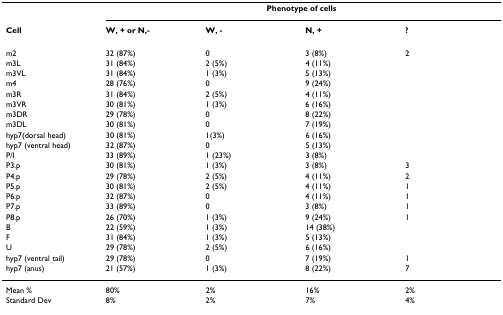
<table><thead><tr><td></td><td colspan="4"><b>Phenotype of cells</b></td></tr><tr><td><b>Cell</b></td><td><b>W, + or N,-</b></td><td><b>W, -</b></td><td><b>N, +</b></td><td><b>?</b></td></tr></thead><tbody><tr><td>m2</td><td>32 (87%)</td><td>0</td><td>3 (8%)</td><td>2</td></tr><tr><td>m3L</td><td>31 (84%)</td><td>2 (5%)</td><td>4 (11%)</td><td></td></tr><tr><td>m3VL</td><td>31 (84%)</td><td>1 (3%)</td><td>5 (13%)</td><td></td></tr><tr><td>m4</td><td>28 (76%)</td><td>0</td><td>9 (24%)</td><td></td></tr><tr><td>m3R</td><td>31 (84%)</td><td>2 (5%)</td><td>4 (11%)</td><td></td></tr><tr><td>m3VR</td><td>30 (81%)</td><td>1 (3%)</td><td>6 (16%)</td><td></td></tr><tr><td>m3DR</td><td>29 (78%)</td><td>0</td><td>8 (22%)</td><td></td></tr><tr><td>m3DL</td><td>30 (81%)</td><td>0</td><td>7 (19%)</td><td></td></tr><tr><td>hyp7(dorsal head)</td><td>30 (81%)</td><td>1(3%)</td><td>6 (16%)</td><td></td></tr><tr><td>hyp7 (ventral head)</td><td>32 (87%)</td><td>0</td><td>5 (13%)</td><td></td></tr><tr><td>P/I</td><td>33 (89%)</td><td>1 (23%)</td><td>3 (8%)</td><td></td></tr><tr><td>P3.p</td><td>30 (81%)</td><td>1 (3%)</td><td>3 (8%)</td><td>3</td></tr><tr><td>P4.p</td><td>29 (78%)</td><td>2 (5%)</td><td>4 (11%)</td><td>2</td></tr><tr><td>P5.p</td><td>30 (81%)</td><td>2 (5%)</td><td>4 (11%)</td><td>1</td></tr><tr><td>P6.p</td><td>32 (87%)</td><td>0</td><td>4 (11%)</td><td>1</td></tr><tr><td>P7.p</td><td>33 (89%)</td><td>0</td><td>3 (8%)</td><td>1</td></tr><tr><td>P8.p</td><td>26 (70%)</td><td>1 (3%)</td><td>9 (24%)</td><td>1</td></tr><tr><td>B</td><td>22 (59%)</td><td>1 (3%)</td><td>14 (38%)</td><td></td></tr><tr><td>F</td><td>31 (84%)</td><td>1 (3%)</td><td>5 (13%)</td><td></td></tr><tr><td>U</td><td>29 (78%)</td><td>2 (5%)</td><td>6 (16%)</td><td></td></tr><tr><td>hyp7 (ventral tail)</td><td>29 (78%)</td><td>0</td><td>7 (19%)</td><td>1</td></tr><tr><td>hyp7 (anus)</td><td>21 (57%)</td><td>1 (3%)</td><td>8 (22%)</td><td>7</td></tr><tr><td>Mean %</td><td>80%</td><td>2%</td><td>16%</td><td>2%</td></tr><tr><td>Standard Dev</td><td>8%</td><td>2%</td><td>7%</td><td>4%</td></tr></tbody></table>